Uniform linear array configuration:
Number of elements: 64
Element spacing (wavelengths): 0.5
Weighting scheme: hann
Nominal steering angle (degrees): -60
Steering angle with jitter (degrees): -59.84
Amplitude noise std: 0.05
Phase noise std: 0.05

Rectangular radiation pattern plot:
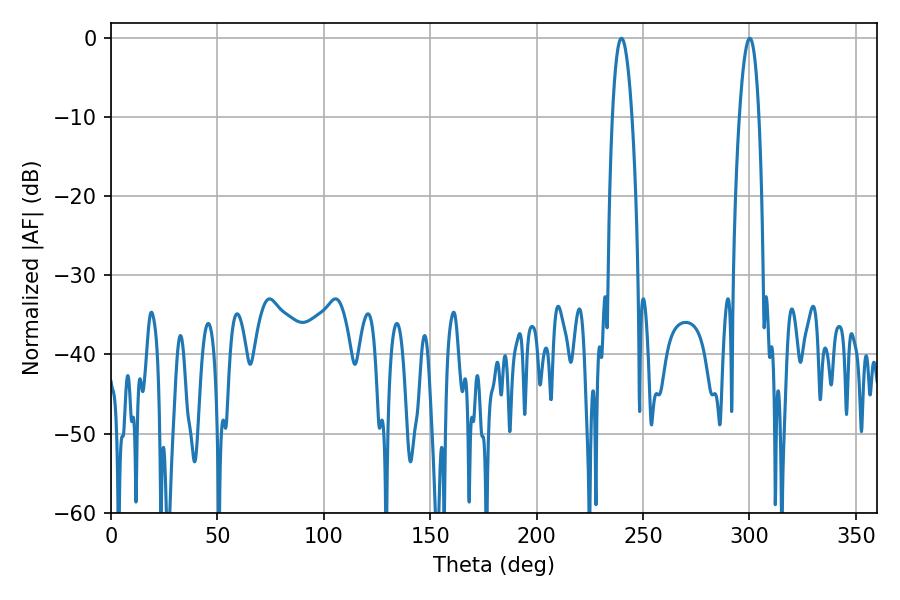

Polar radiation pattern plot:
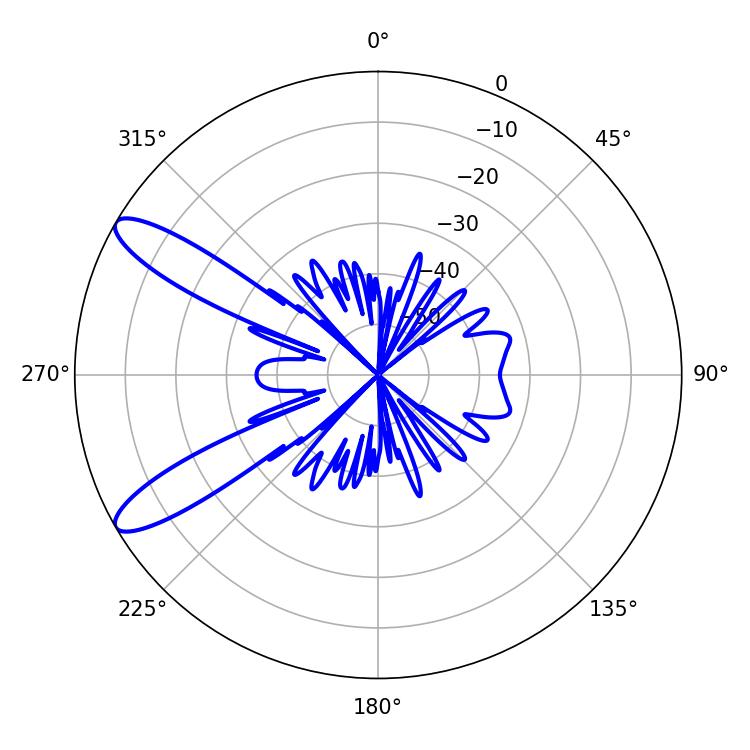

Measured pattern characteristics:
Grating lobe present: FALSE
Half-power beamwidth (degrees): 5.04
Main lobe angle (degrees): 300.06